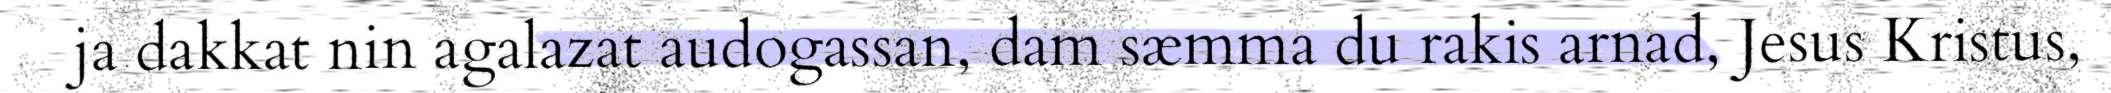
ja dakkat nin agalazat audogassan, dam sæmma du rakis arnad, Jesus Kristus,